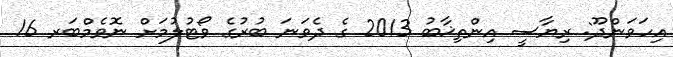
އިހަވަންދޫ: ރިޔާސީ އިންތިޚާބު 2013 ގެ ދެވަނަ ބުރުގެ ވޯޓުލުމަށް ނޮވެމްބަރ 16